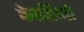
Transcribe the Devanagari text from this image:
केरटिनो